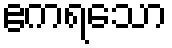
ဧကရသော